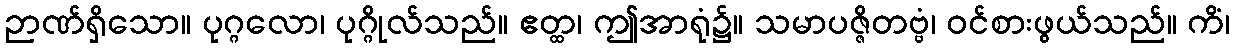
ဉာဏ်ရှိသော။ ပုဂ္ဂလော၊ ပုဂ္ဂိုလ်သည်။ ဧတ္ထ၊ ဤအာရုံ၌။ သမာပဇ္ဇိတဗ္ဗံ၊ ဝင်စားဖွယ်သည်။ ကိံ၊